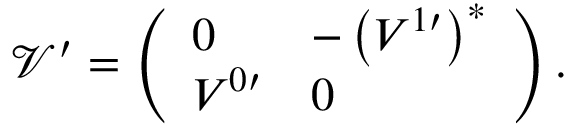
\mathcal { V } ^ { \prime } = \left( \begin{array} { l l } { 0 } & { - \left( V ^ { 1 \prime } \right) ^ { * } } \\ { V ^ { 0 \prime } } & { 0 } \end{array} \right) .